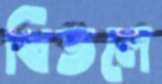
থিতলে